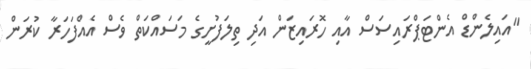
"އައިލެންޑް އެންޓަޕްރައިސަސް އާއި ހޮރައިޒަން އަދި ތިލަފުށީގެ މަސައްކަތް ވެސް އެއްފަހަރާ ކުރަން